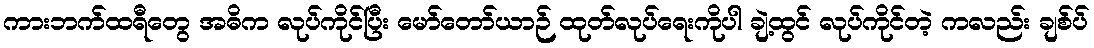
ကားဘက်ထရီတွေ အဓိက လုပ်ကိုင်ပြီး မော်တော်ယာဉ် ထုတ်လုပ်ရေးကိုပါ ချဲ့ထွင် လုပ်ကိုင်တဲ့ ကလည်း ချစ်ပ်